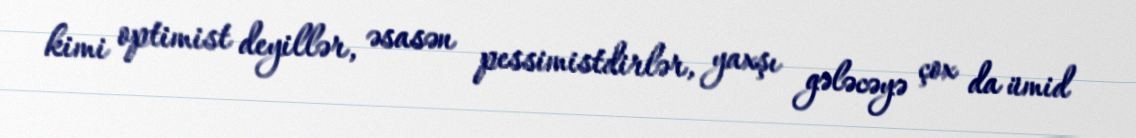
kimi optimist deyillər, əsasən pessimistdirlər, yaxşı gələcəyə çox da ümid